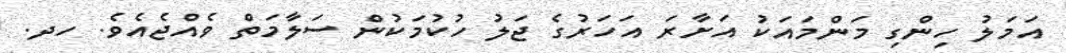
އަމަލު ހިންގި މަންމައަކު އަށާރަ އަހަރުގެ ޖަލު ހުކުމަކުން ސަލާމަތް ވެއްޖެއެވެ. ހދ.